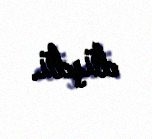
düşdü.